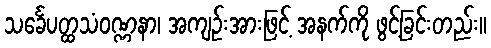
သင်္ခေပတ္ထသံဝဏ္ဏနာ၊ အကျဉ်းအားဖြင့် အနက်ကို ဖွင့်ခြင်းတည်း။